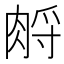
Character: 𦛷